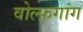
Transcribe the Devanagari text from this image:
वोल्फ़गांग